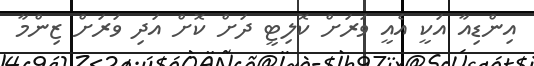
އިންޑިއާ އަކީ އެއީ ވަރަށް ކޮލިޓީ ދަށް ކޮށް އަދި ވަރަށް ޒިންމާ